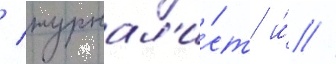
/ журнал'и́ст и́ //